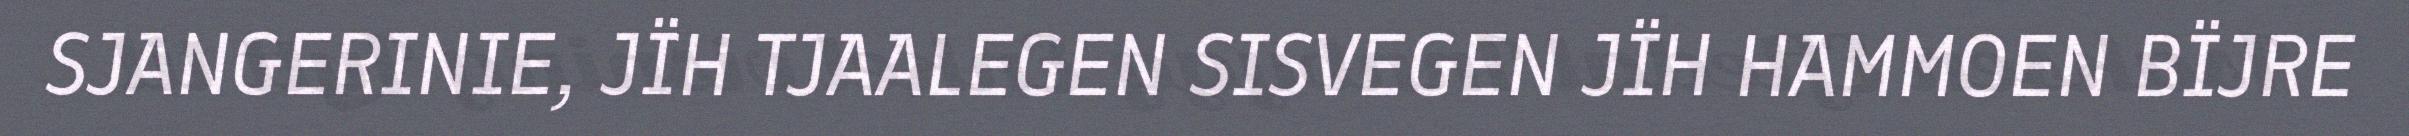
SJANGERINIE, JÏH TJAALEGEN SISVEGEN JÏH HAMMOEN BÏJRE